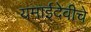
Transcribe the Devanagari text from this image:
यमाईदेवीचे